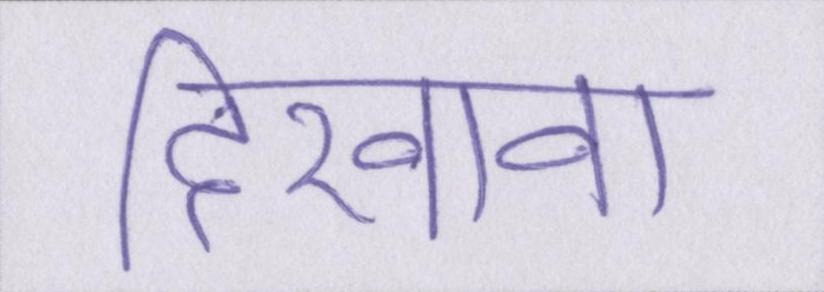
दिखावा